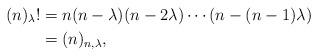
LaTeX: \begin{align*}(n)_\lambda ! &= n(n-\lambda )(n-2\lambda )\cdots(n-(n-1)\lambda )\\&=(n)_{n,\lambda },\end{align*}